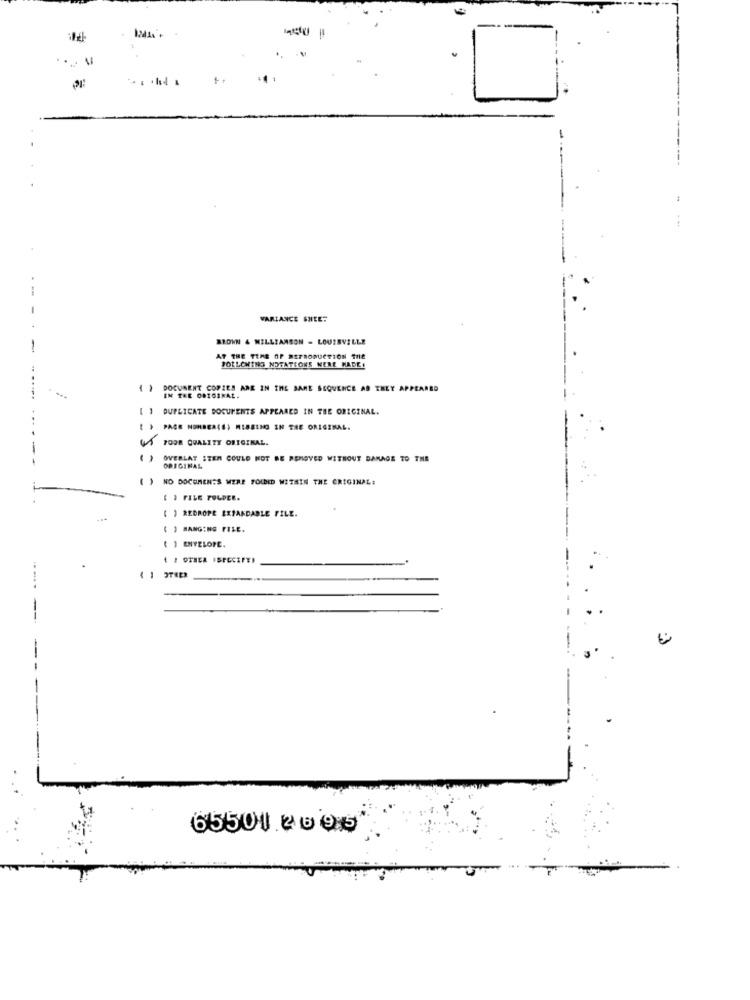
:
VARIANCE SHEET
BROWN & WILLIAMSON - LOUISVILLE
-
AT THE TIME OF REPRODUCTION THE
FOLLOWING NOTATIONS WERE MADE!
{ } DOCUMENT COPIES ARE IN THE SAME SEQUENCE AD THEY APPEARED
IN THE ORIGINAL.
DUPLICATE DOCUMENTS APPEARED IN THE ORIGINAL.
: ) PACE NONSER(S) MISSING IN THE ORIGINAL.
41 POOR QUALITY ORIGINAL.
( ) OVERLAT ITEM COULD NOT BE REMOVED WITHOUT DAMAGE TO THE
ORIGINAL
( ) NO DOCUMENTS WERE FOUND WITHIN THE ORIGINAL:
( ) FILE FOLDER.
( ) REDROPE EXPANDABLE FILE.
( ) HANGING FILE.
( 1 ENVELOPE.
1 } OTHER SPECIFED
4 1 OTHER
65501.2095